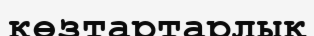
көзтартарлық